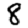
Digit: 8